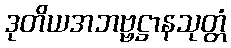
ဒုတိယအဘဗ္ဗဋ္ဌာနသုတ္တံ